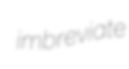
imbreviate